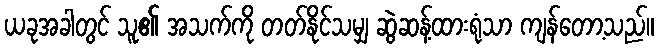
ယခုအခါတွင် သူ၏ အသက်ကို တတ်နိုင်သမျှ ဆွဲဆန့်ထားရုံသာ ကျန်တော့သည်။